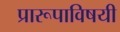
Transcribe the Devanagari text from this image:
प्रारूपाविषयी